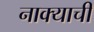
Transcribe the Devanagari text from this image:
नाक्याची